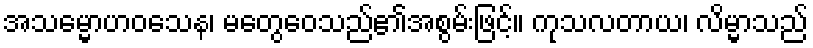
အသမ္မောဟဝသေန၊ မတွေဝေသည်၏အစွမ်းဖြင့်။ ကုသလတာယ၊ လိမ္မာသည်